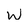
Character: w